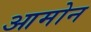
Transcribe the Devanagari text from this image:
आमोन